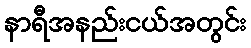
နာရီအနည်းငယ်အတွင်း